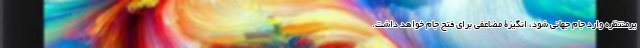
یرمنتظره وارد جام جهانی شود، انگیزۀ مضاعفی برای فتح جام خواهد داشت.